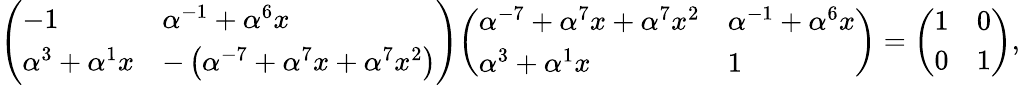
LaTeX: {\left(\begin{array}{ll}{-1}&{\alpha^{-1}+\alpha^{6}x}\\ {\alpha^{3}+\alpha^{1}x}&{-\left(\alpha^{-7}+\alpha^{7}x+\alpha^{7}x^{2}\right)}\end{array}\right)}{\left(\begin{array}{ll}{\alpha^{-7}+\alpha^{7}x+\alpha^{7}x^{2}}&{\alpha^{-1}+\alpha^{6}x}\\ {\alpha^{3}+\alpha^{1}x}&{1}\end{array}\right)}={\left(\begin{array}{ll}{1}&{0}\\ {0}&{1}\end{array}\right)},